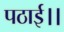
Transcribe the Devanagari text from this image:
पठाई।।